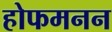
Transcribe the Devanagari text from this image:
होफमनन